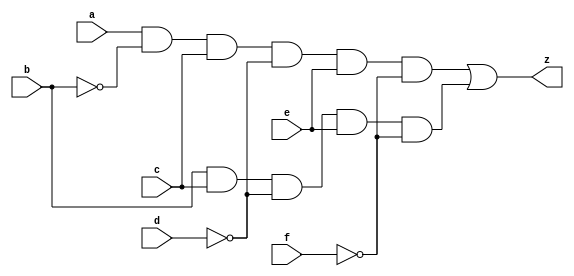
`timescale 1ns / 1ps
//////////////////////////////////////////////////////////////////////////////////
// Company: 
// Engineer: 
// 
// Design Name: 
// Module Name:    Lock 
// Project Name: 
// Target Devices: 
// Tool versions: 
// Description: 
//
// Dependencies: 
//
// Revision: 
// Revision 0.01 - File Created
// Additional Comments: 
//
//////////////////////////////////////////////////////////////////////////////////
module Lock(
    input a,
    input b,
    input c,
    input d,
    input e,
    input f,
    output z
    );
	 wire w1;
	 wire w2;
	 wire w3;
	 wire w4;
	 wire w5;
    not n1(w1 , b);
	 not n2(w2 , d);
	 not n3(w3 , f);
	 and a1(w4 , a , w1 , c , w2 , e , w3);
	 and a2(w5 , b , c , w2 , e , w3);
	 or o1(z , w4 , w5);

endmodule